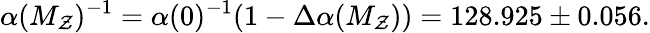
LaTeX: \alpha(M_{\mathcal{Z}})^{-1}=\alpha(0)^{-1}(1-\Delta\alpha(M_{\mathcal{Z}}))=128.925\pm0.056.